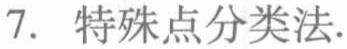
7. 特殊点分类法.